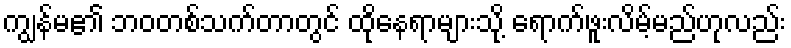
ကျွန်မ၏ ဘဝတစ်သက်တာတွင် ထိုနေရာများသို့ ရောက်ဖူးလိမ့်မည်ဟုလည်း